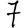
Digit: 7